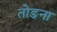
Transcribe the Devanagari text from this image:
तोङना